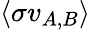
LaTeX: \langle\sigma v_{A,B}\rangle